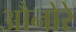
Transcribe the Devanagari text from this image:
औनोरे